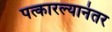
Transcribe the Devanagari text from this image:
पत्कारल्यानंतर